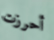
أحرزت